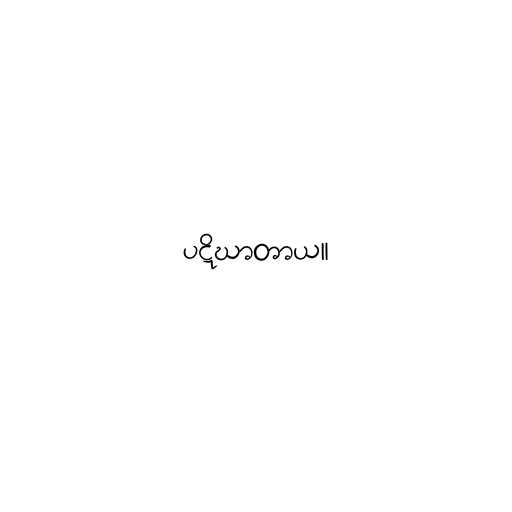
ပဋိဃာတာယ။